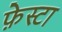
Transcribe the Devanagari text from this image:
फ़ेस्टा